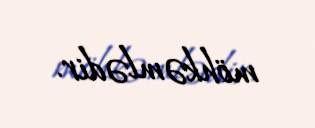
möhkəmlədir.